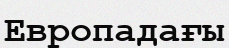
Европадағы